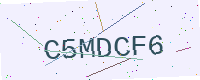
Text: C5MDCF6